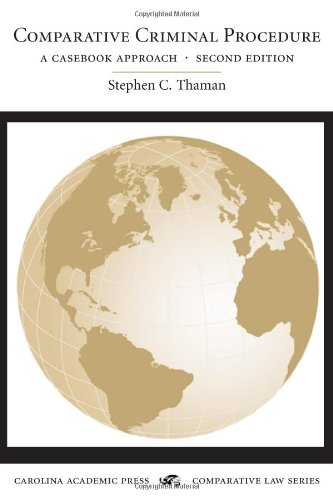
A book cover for COMPARATIVE CRIMINAL PROCEDURE: A Casebook Approach (Carolina Academic Press Comparative Law Series); Stephen C. Thaman; Law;